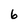
Character: 6